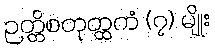
ဉတ္တိစတုတ္ထကံ (၇) မျိုး